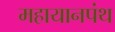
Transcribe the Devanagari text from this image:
महायानपंथ